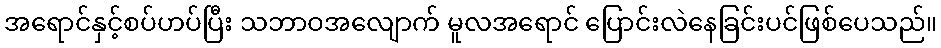
အရောင်နှင့်စပ်ဟပ်ပြီး သဘာဝအလျောက် မူလအရောင် ပြောင်းလဲနေခြင်းပင်ဖြစ်ပေသည်။